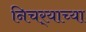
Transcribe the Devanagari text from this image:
निचर्‍याच्या